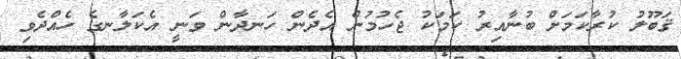
ޤަބޫލު ކުރާކަމަށް ބުނާއިރު ކަމަކު ޖެހުމުން އެދެން ހަނދާން ވަނީ އެކަލާނގެ ހެއްދެވި